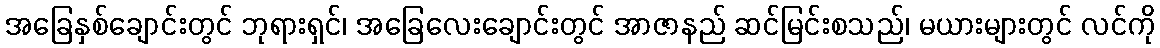
အခြေနှစ်ချောင်းတွင် ဘုရားရှင်၊ အခြေလေးချောင်းတွင် အာဇာနည် ဆင်မြင်းစသည်၊ မယားများတွင် လင်ကို